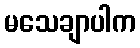
မသေချာပါက